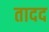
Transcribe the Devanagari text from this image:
तादद